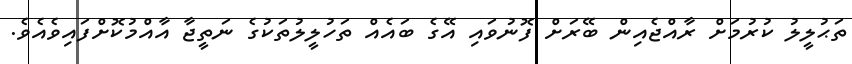
ތަޙުލީލު ކުރުމަށް ރާއްޖެއިން ބޭރަށް ފޮނުވައި އޭގެ ބައެއް ތަހުލީލުތަކުގެ ނަތީޖާ އާއްމުކޮށްފައިވެއެވެ.